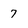
Character: 7